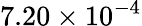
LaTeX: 7.20\times 10^{-4}